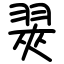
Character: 翜